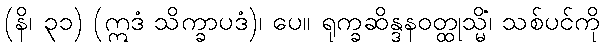
(နိ၊ ၃၁) (ဣဒံ သိက္ခာပဒံ)၊ ပေ။ ရုက္ခဆိန္ဒနဝတ္ထုသ္မိံ၊ သစ်ပင်ကို